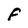
Character: F